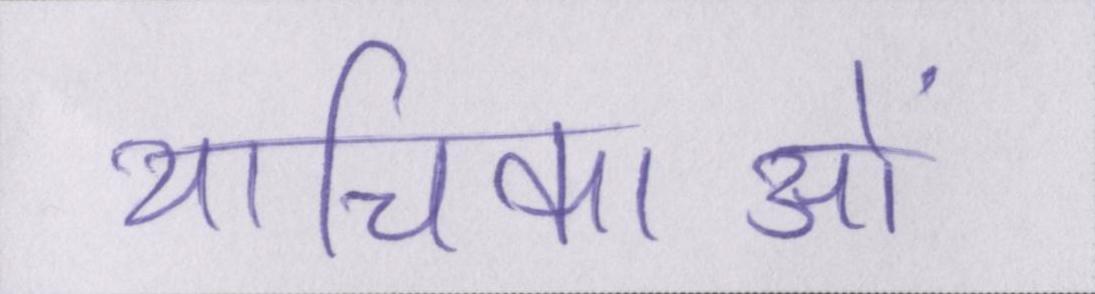
याचिकाओं